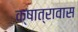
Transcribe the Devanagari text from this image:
क्षात्रावास